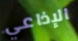
الإذاعي